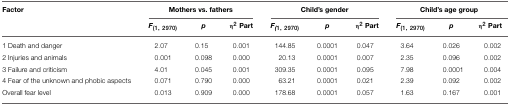
| Factor | <COLSPAN=3> Mothers vs. fathers | <COLSPAN=3> Child's gender | <COLSPAN=3> Child's age group |
 |  | F(1, 2970) | p | η2Part | F(1, 2970) | p | η2Part | F(1, 2970) | p | η2Part |
 | --- | --- | --- | --- | --- | --- | --- | --- | --- | --- |
 | 1 Death and danger | 2.07 | 0.15 | 0.001 | 144.85 | 0.0001 | 0.047 | 3.64 | 0.026 | 0.002 |
 | 2 Injuries and animals | 0.001 | 0.098 | 0.000 | 20.13 | 0.0001 | 0.007 | 2.35 | 0.096 | 0.002 |
 | 3 Failure and criticism | 4.01 | 0.045 | 0.001 | 309.35 | 0.0001 | 0.095 | 7.98 | 0.0001 | 0.004 |
 | 4 Fear of the unknown and phobic aspects | 0.071 | 0.790 | 0.000 | 63.21 | 0.0001 | 0.021 | 2.39 | 0.092 | 0.002 |
 | Overall fear level | 0.013 | 0.909 | 0.000 | 178.68 | 0.0001 | 0.057 | 1.63 | 0.167 | 0.001 |